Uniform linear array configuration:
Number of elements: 4
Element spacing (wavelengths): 0.25
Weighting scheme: exponential
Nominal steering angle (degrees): -30
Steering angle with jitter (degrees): -30.92
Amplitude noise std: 0.05
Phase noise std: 0.05

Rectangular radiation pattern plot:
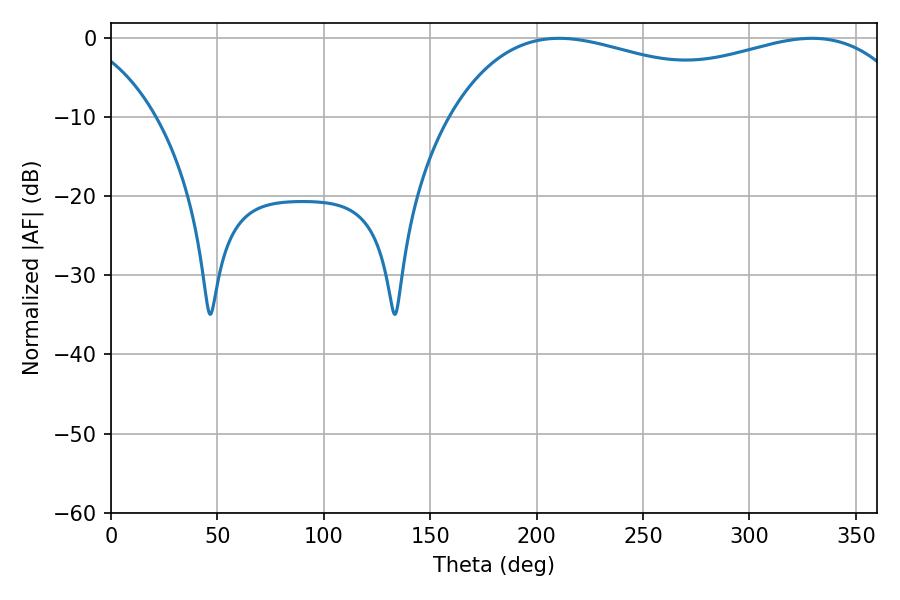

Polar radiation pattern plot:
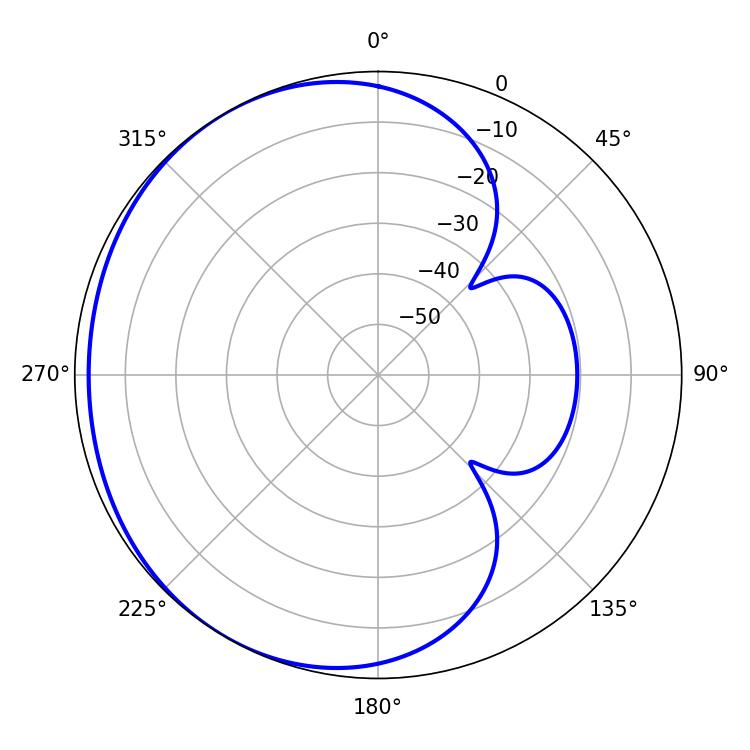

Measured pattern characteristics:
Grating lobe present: FALSE
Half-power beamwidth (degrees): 180.18
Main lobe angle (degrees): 210.6